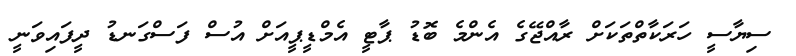
ސިޔާސީ ހަރަކާތްތަކަށް ރާއްޖޭގެ އެންމެ ބޮޑު ޕާޓީ އެމްޑީޕީއަށް އުސް ފަސްގަނޑު ދީފައިވަނީ